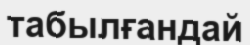
табылғандай